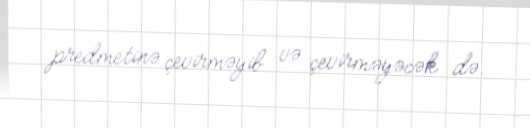
predmetinə çevirməyib və çevirməyəcək də.